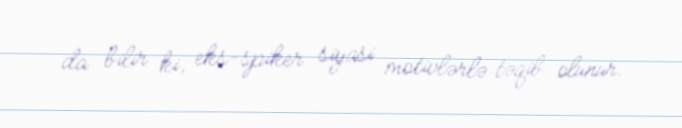
da bilir ki, eks-spiker siyasi motivlərlə təqib olunur.